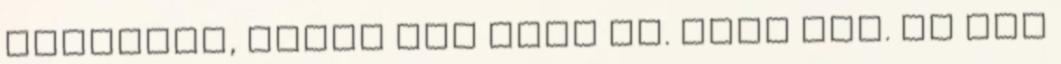
álmodott, talán épp most is. Évek óta. De nem